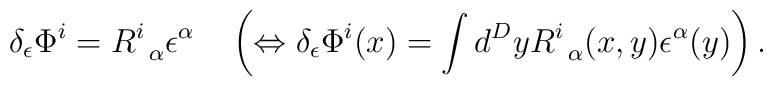
\delta _\epsilon \Phi ^i=R_{\;\;\alpha }^i\epsilon ^\alpha \quad\left( \Leftrightarrow \delta _\epsilon \Phi ^i(x)=\int d^DyR_{\;\;\alpha}^i(x,y)\epsilon ^\alpha (y)\right) .